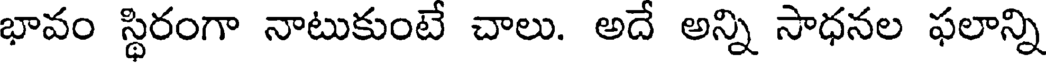
భావం స్థిరంగా నాటుకుంటే చాలు. అదే అన్ని సాధనల ఫలాన్ని